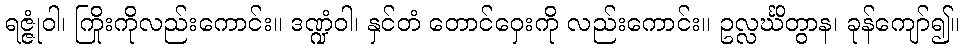
ရဇ္ဇုံဝါ၊ ကြိုးကိုလည်းကောင်း။ ဒဏ္ဍံဝါ၊ နှင်တံ တောင်ဝှေးကို လည်းကောင်း။ ဥလ္လင်္ဃိတွာန၊ ခုန်ကျော်၍။